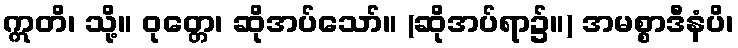
ဣတိ၊ သို့။ ဝုတ္တေ၊ ဆိုအပ်သော်။ (ဆိုအပ်ရာ၌။) အမစ္စာဒီနံပိ၊